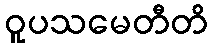
ဝူပသမေတီတိ